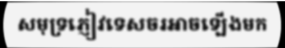
សមុទ្រភ្ញៀវទេសចរអាចឡើងមក